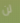
لن